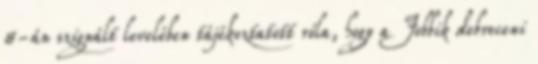
8-án szignált levelében tájékoztatott róla, hogy a Jobbik debreceni